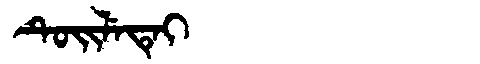
Manchu: ᡨᡠᡳᠯᡝᡨᡝᡳ
Romanization: TUILETEI